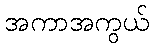
အကာအကွယ်